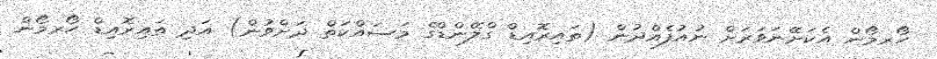
ހޯރމޯން އެކަށޭނަވަރަށް ނުއުފެއްދުން (ތައިރޮއިޑް ގްލޭންޑްގެ މަސައްކަތް ދަށްވުން) އަދި ތައިރޮއިޑް ހޯރމޯން